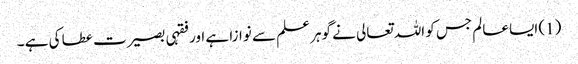
(1) ایسا عالم جس کو اللہ تعالی نے گوہر علم سے نوازا ہے اور فقہی بصیرت عطا کی ہے ۔